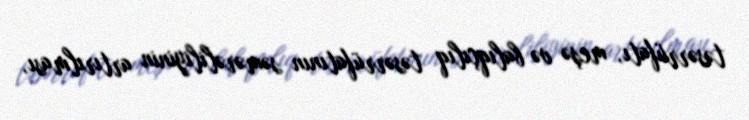
təsərrüfatı, meşə və balıqçılıq təsərrüfatının səmərəliliyinin artırılması,